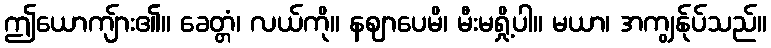
ဤယောကျ်ား၏။ ခေတ္တံ၊ လယ်ကို။ နဈာပေမိ၊ မီးမရှို့ပါ။ မယာ၊ အကျွန်ုပ်သည်။